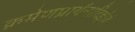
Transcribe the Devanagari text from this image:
क्रमेणप्रार्थनादिज्ञेयं